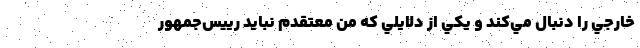
خارجي را دنبال مي‌كند و يكي از دلايلي كه من معتقدم نبايد رييس‌جمهور